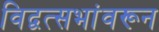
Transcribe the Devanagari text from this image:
विद्वत्सभांवरून